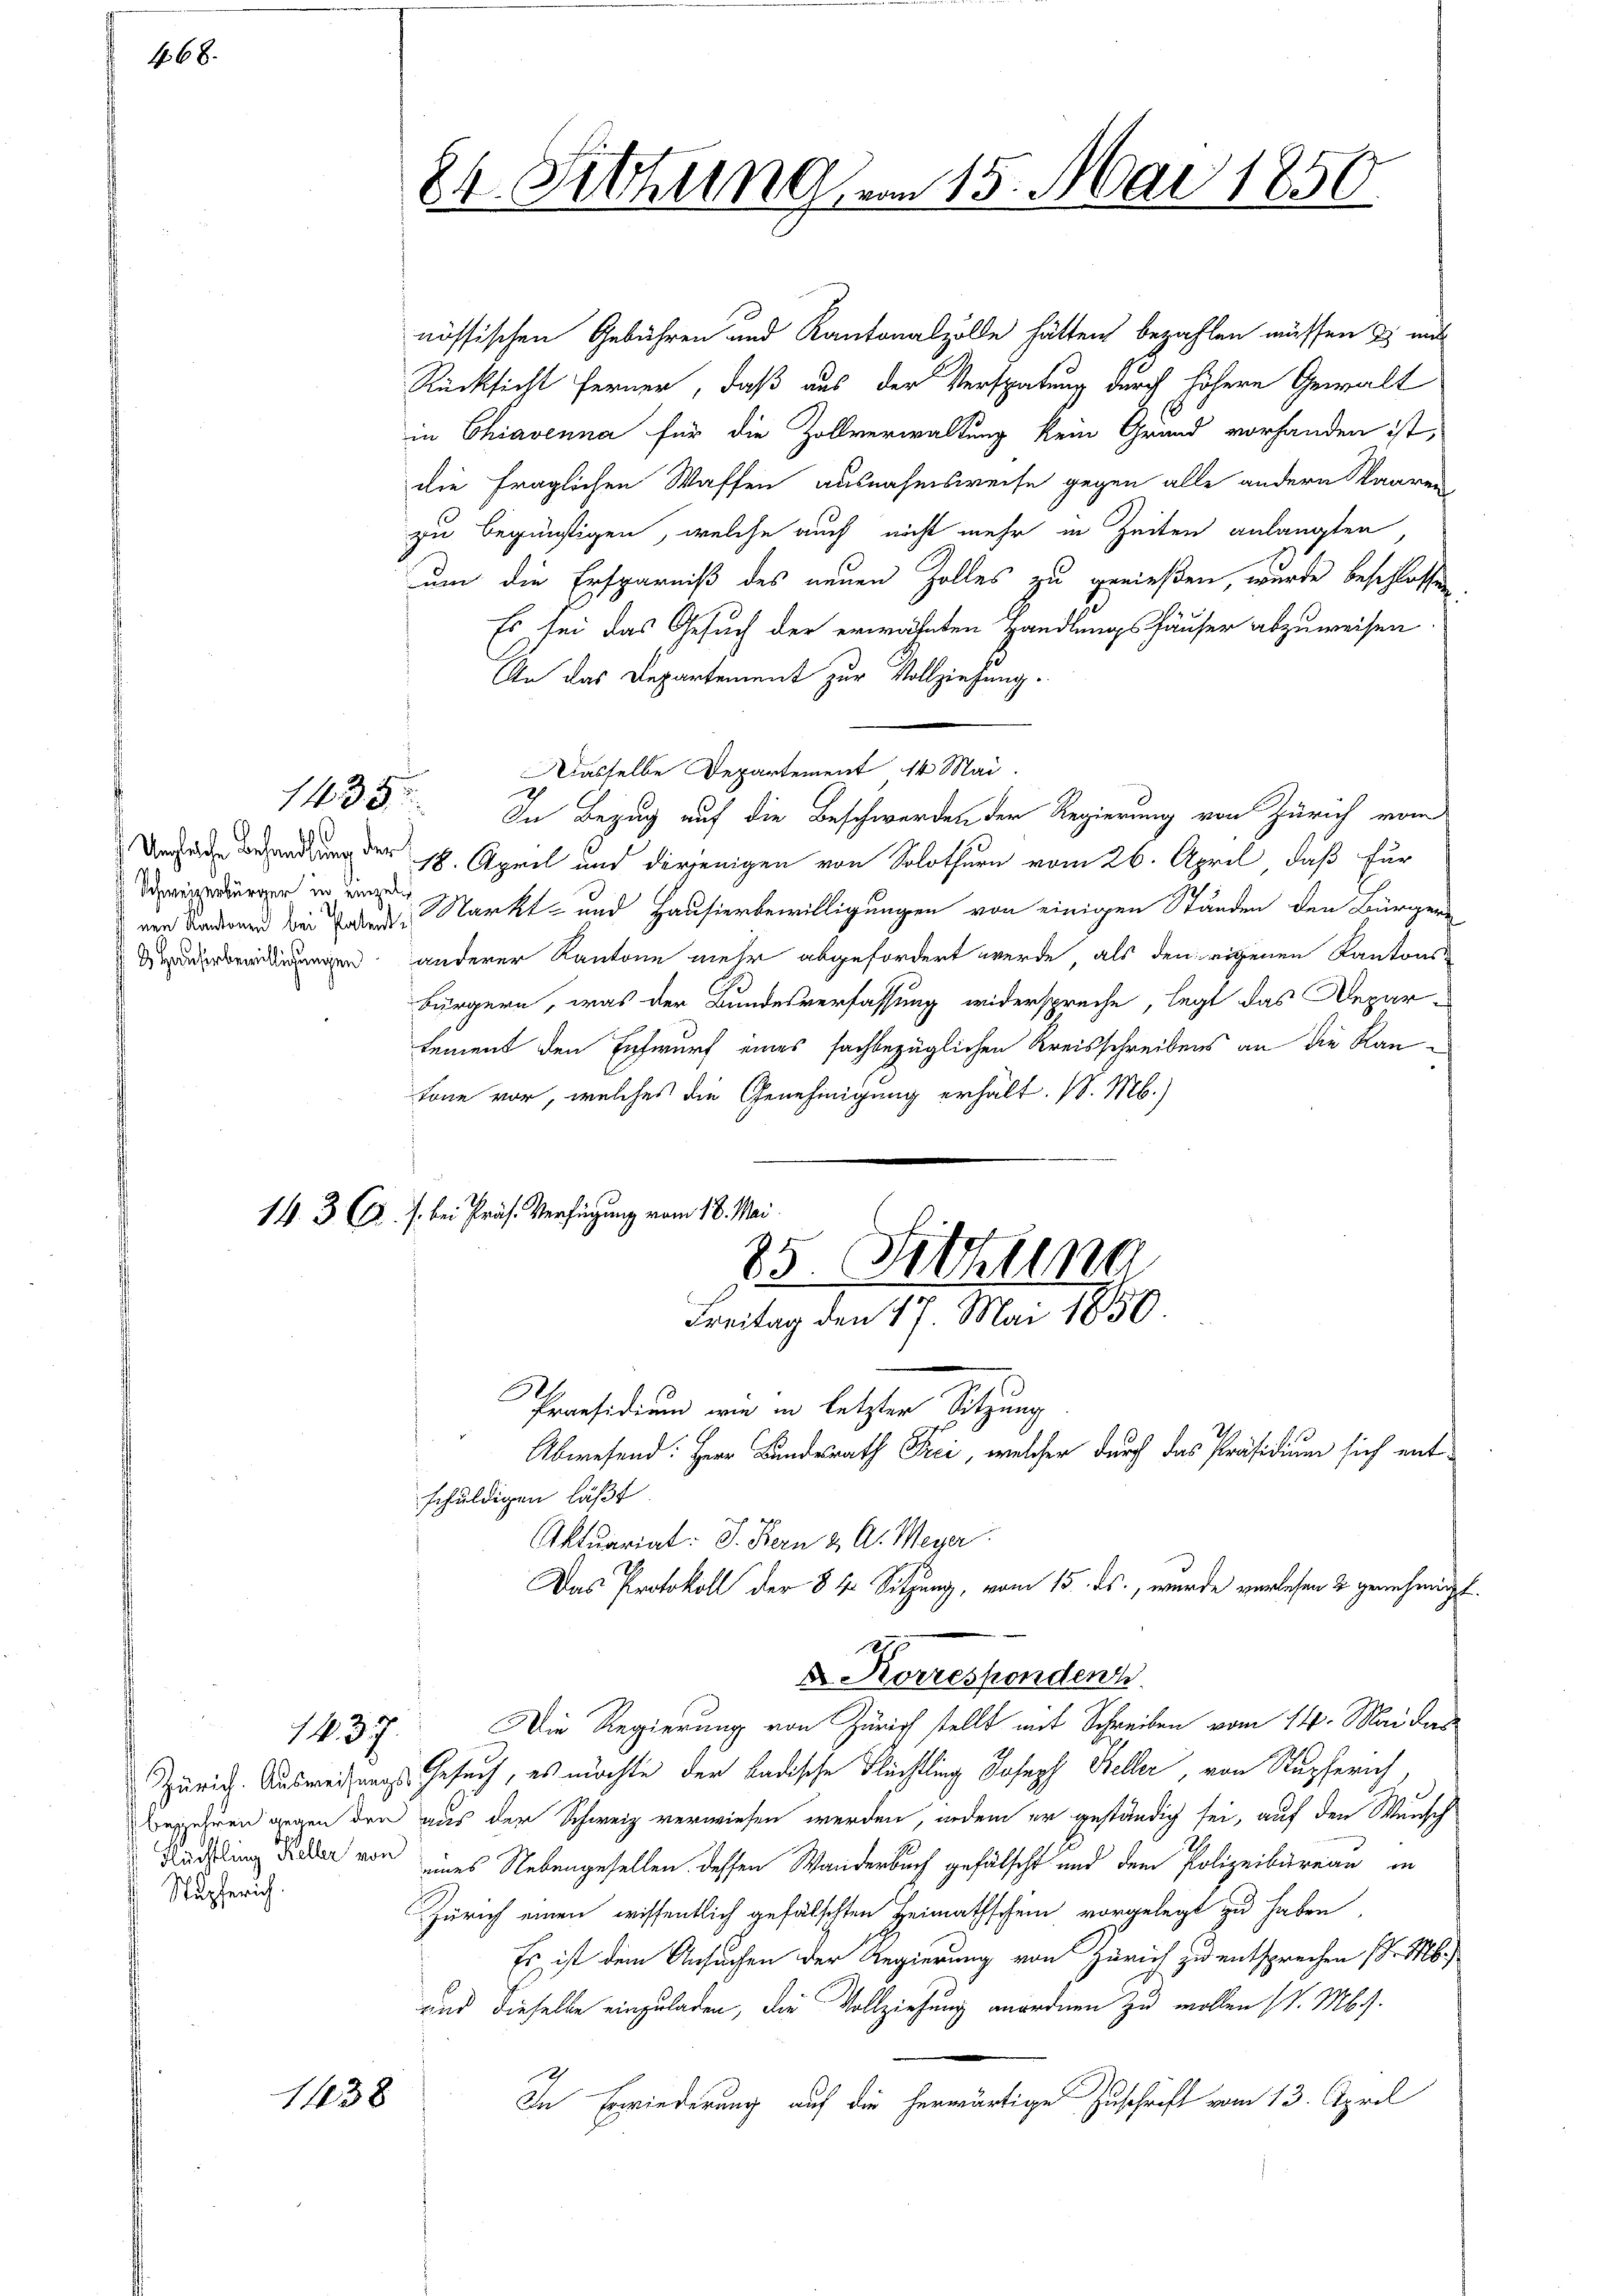
468.

Schweizerbürger in einzeln

1433

Stupferich.

1. 37.

1438

24. Sitzung vom 15. Mai 1850.

nössischen Gebühren und Kantonalzolle hätten bezahlen müssen & mit
Rücksicht ferner, daß aus der Verspätung durch höhere Gewalt
in Chiavenna für die Zollverwaltung kein Grund vorhanden ist,
die fraglichen Waffen ausnahmsweise gegen alle andern Waaren-
zu begünstigen, welche auch nicht mehr in Zeiten anlangten
um die Ersparniß des neuen Zolles zu genießen, wurde beschlossen
Es sei das Gesuch der erwähnten Handlungshäuser abzuweisen
An das Departement zur Vollziehung.
Dasselbe Departement 14 Mai.
h
In Bezug auf die Beschwerden der Regierung von Zürich vom
de Behandlung der 18. April und derjenigen von Solothurn vom 26. April, daß für
ven Badenen bei der Markt- und Hausierbewilligungen von einigen Ständen den Bürger
derberdigungen anderer Kantone mehr abgefordert werde, als den eigenen Kantons-
Bürgern, was der Bundesverfassung widerspreche, legt das Deparlement den Entwurf eines sachbezüglichen Kreisschreibens an die Kantone vor, welches die Genehmigung erhält. /. M.)
14. 3. C. s. bei Präs. Verfügung vom 18. Mai

85. Sitzung
Freitag den 17. Mai 1850.

Abwesend: Herr Bundesrath Frei, welcher durch das Präsidium sich ent¬

Das Protokoll der 8 40 Sitzung, vom 15. ds., wurde verlesen & genehmigt.
Dr. Korrespondenz

2
Praesidium wir in letzter Sitzung
schuldigen läßt
Aktuariat: I. Bern & A. Meyer
Die Regierung von Zürich stellt mit Schreiben vom 14. Mai dar
Zürich. Ausweisungs-Gesuch, es möchte der Ladische Flüchtling Joseph Steller, von Stupferich,
Besseren gegen den aus der Schweiz verwiesen werden, indem er geständig sei, auf den Wunsch
Rechtling der von eines Nebengesellen dessen Wanderbach gefälscht und dem Polizeibureau in
Zürich einen wissentlich gefälschten Heimathschein vorgelegt zu haben.
Es ist dem Ansuchen der Regierung von Zürich zu entsprechen d. M.
und dieselbe einzuladen, die Vollziehung anordnen zu wollen (S. M. h.
In Erwiederung auf die herwärtige Zuschrift vom 13. April